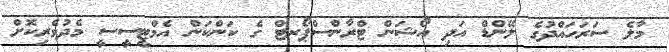
މާލެ ސަރަހައްދުގެ ލޭންޑް އަދި އޯޝަން ޓްރާންސްޕޯރޓް ގެ ކަންކަން އެމްޓީސީސީ މެދުވެރިކޮށް